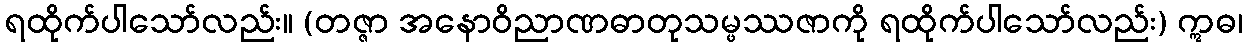
ရထိုက်ပါသော်လည်း။ (တဇ္ဇာ အနောဝိညာဏဓာတုသမ္ဖဿဇာကို ရထိုက်ပါသော်လည်း) ဣဓ၊